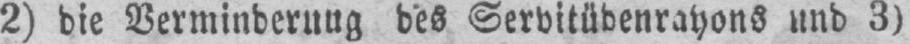
2) die Verminderung des Servitüdenrayons und 3)